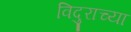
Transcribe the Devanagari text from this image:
विदुराच्या